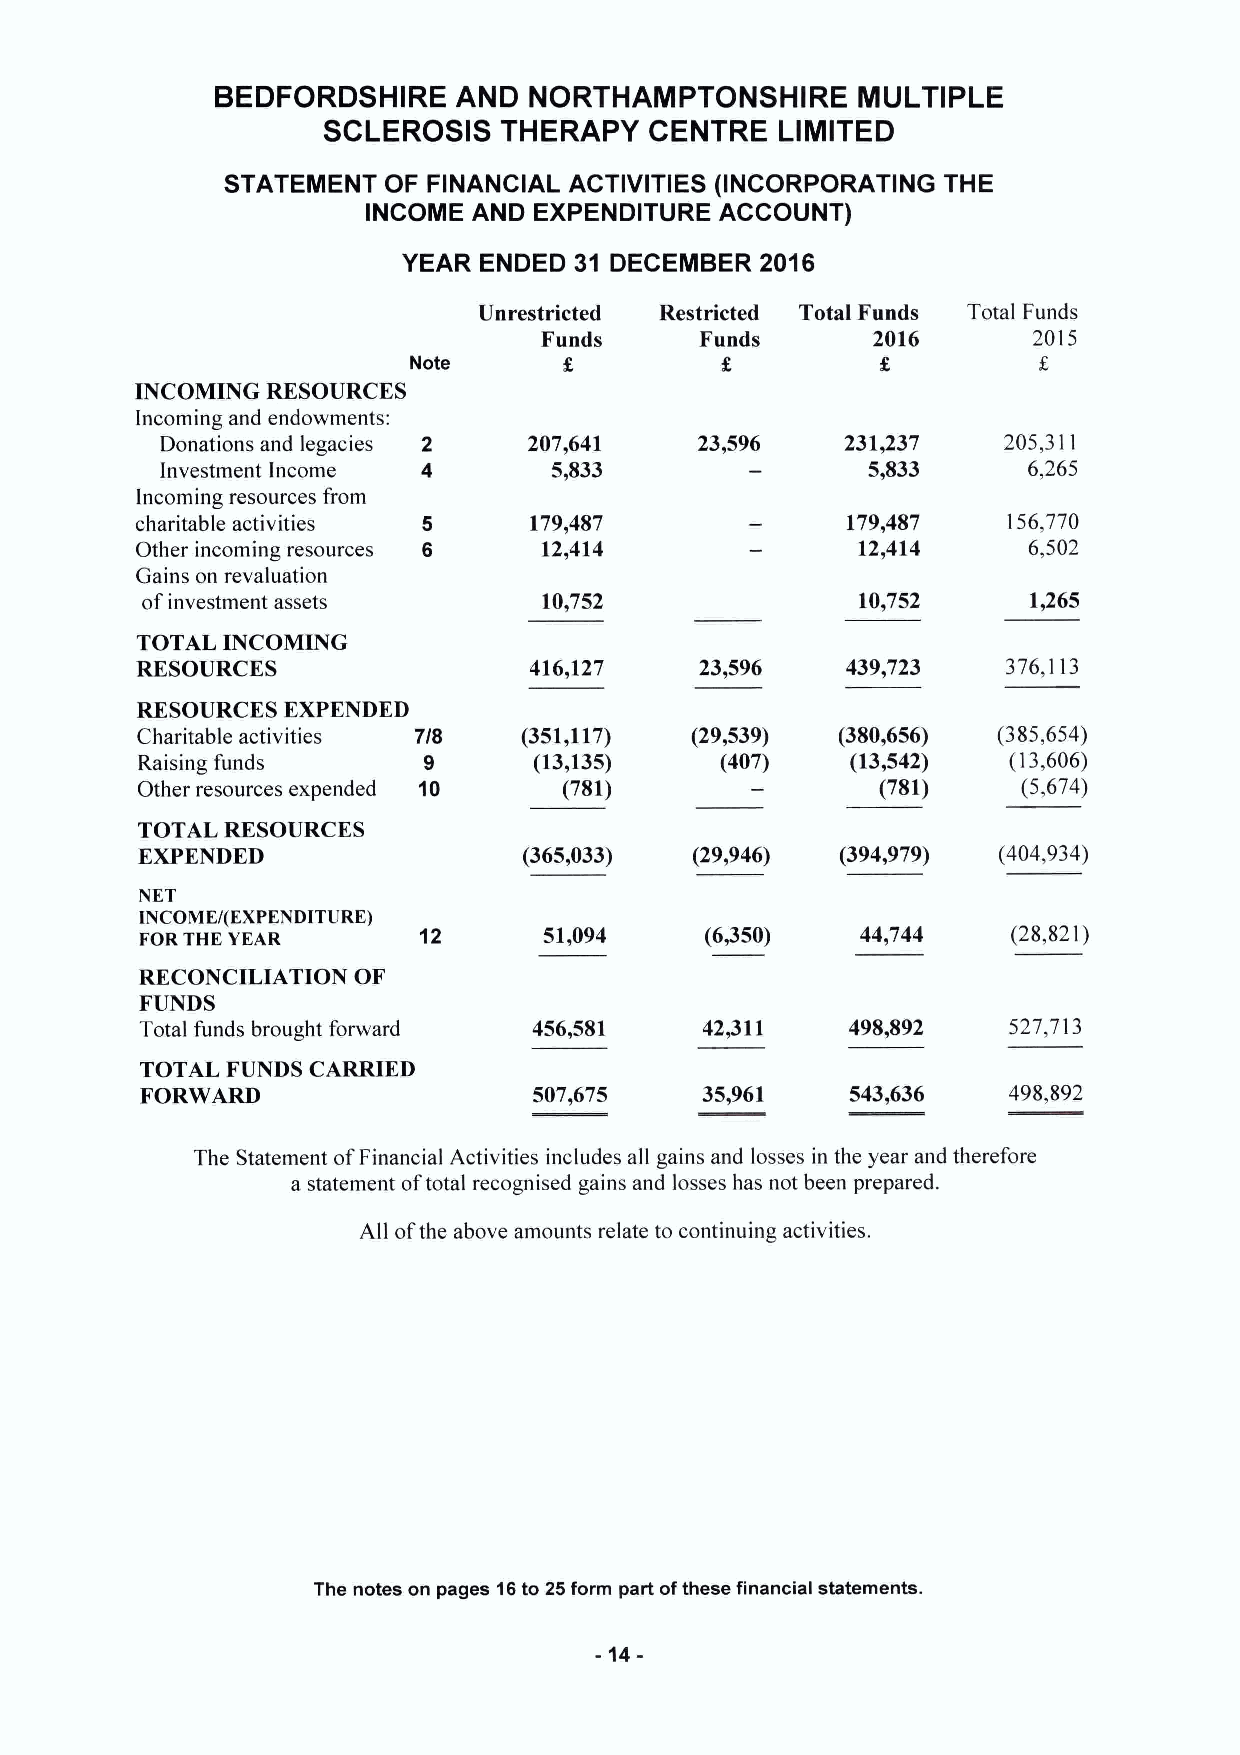
BEDFORDSHIRE    AND  NORTHAMPTONSHIRE      MULTIPLE
 SCLEROSIS   THERAPY   CENTRE   LIMITED
 STATEMENT OF FINANCIAL ACTIVITIES (INCORPORATING THE
 INCOME AND EXPENDITURE  ACCOUNT)
 YEAR ENDED 31 DECEMBER 2016
 Unrestricted Restricted Total Funds Total Funds
 Funds     Funds       2016      2015
 Note
 INCOMING RESOURCES
 Incoming and endowments:
 Donations and legacies 2 207,641   23,596    231j237   205,311
 Investment Income 4       5,833               5,833      6,265
 Incoming resources from
 charitable activities 5   179,487              179,487    156,770
 Other incoming resources 6 12,414               12,414     6,502
 Gains on revaluation
 ofinvestment assets        10,752               10,752     1,265
 TOTAL INCOMING
 RESOURCES                 416,127    23,596    439,723    376,113
 RESOURCES EXPENDED
 Charitable activities 7/8 (351,117)  (29,539)  (380,656) (385,654)
 Raising funds      9      (13,135)     (407)   (13,542)   (13,606)
 Other resources expended 10 (781)                (781)     (5,674)
 TOTALRESOURCES
 EXPENDED                  (365,033)  (29,946)  (394,979) (404,934)
 NET
 INCOME/(EXPENDITURE)
 FOR THE YEAR       12      51,094     (6,350)   44,744    (28,821)
 RECONCILIATION OF
 FUNDS
 Total funds brought forward 456,581   42/11    498,892    527,713
 TOTAL FUNDS CARRIED
 FORWARD                   507,675    35,961    543,636    498,892
 The Statement ofFinancial Activities includes all gains and losses in the year and therefore
 a statement oftotal recognised gains and losses has not been prepared.
 All ofthe above amounts relate to continuing activities.
 The notes on pages 16to 25form part ofthese financial statements.
 -14-